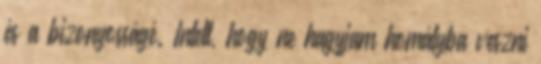
és a bizonyosságé. Intett, hogy ne hagyjam homályba veszni